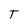
Character: T